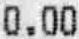
0.00